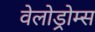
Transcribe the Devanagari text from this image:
वेलोड्रोम्स